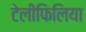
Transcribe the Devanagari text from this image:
टेलीफिलिया